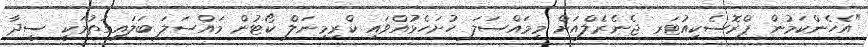
"އެހެންކަމުން ޕްރޮސެކިއުޓަރ ޖެނެރެލްއަށް މިމައްސަލަ ހުށަހެޅުއްވައި ކްރިމިނަލް ކޯޓުން މައްސަލަ ބަލައިގަތުމަކީ ސީދާ